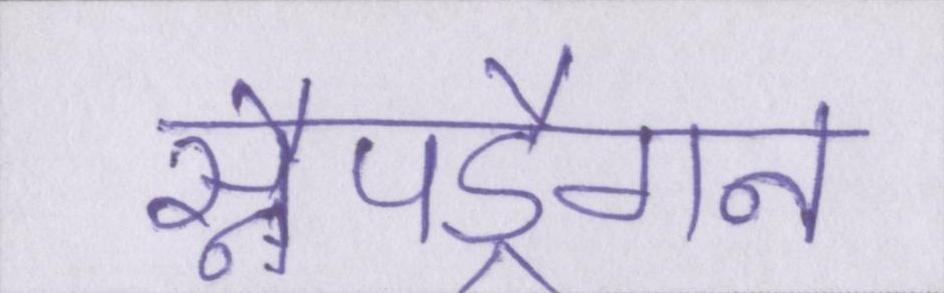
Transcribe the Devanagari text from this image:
स्नैपड्रैगन